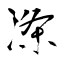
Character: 涤